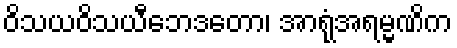
ဝိသယဝိသယီဘေဒတော၊ အာရုံအရမ္မဏိက